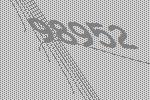
98952